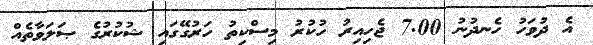
އެ ދުވަހު ހެނދުނު 7.00 ޖެހިއިރު ހުކުރު މިސްކިތު ހަރުގޭގައި ޝުކުރުގެ ޞަލަވާތެއް